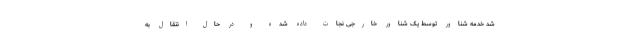
شد خدمه شناور توسط یک شناور خارجی نجات داده شده و در حال انتقال به